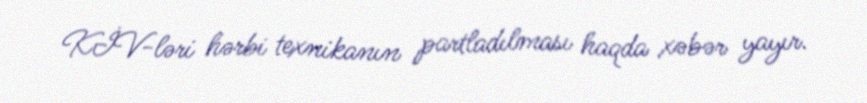
KİV-ləri hərbi texnikanın partladılması haqda xəbər yayır.